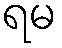
ရမ